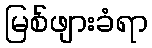
မြစ်ဖျားခံရာ